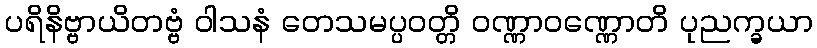
ပရိနိဗ္ဗာယိတဗ္ဗံ ဝါသနံ တေသမပ္ပဝတ္တိ ဝဏ္ဏာဝဏ္ဏောတိ ပုညက္ခယာ